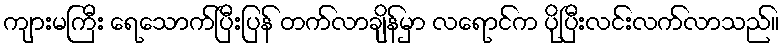
ကျားမကြီး ရေသောက်ပြီးပြန် တက်လာချိန်မှာ လရောင်က ပိုပြီးလင်းလက်လာသည်။